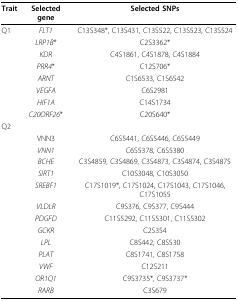
<table><thead><tr><td><b>Trait</b></td><td><b>Selected gene</b></td><td><b>Selected SNPs</b></td></tr></thead><tbody><tr><td>Q1</td><td><i>FLT1</i></td><td>C13S348*, C13S431, C13S522, C13S523, C13S524</td></tr><tr><td>[EMPTY_CELL]</td><td><i>LRP1B</i>*</td><td>C2S3362*</td></tr><tr><td>[EMPTY_CELL]</td><td><i>KDR</i></td><td>C4S1861, C4S1878, C4S1884</td></tr><tr><td>[EMPTY_CELL]</td><td><i>PRR4</i>*</td><td>C12S706*</td></tr><tr><td>[EMPTY_CELL]</td><td><i>ARNT</i></td><td>C1S6533, C1S6542</td></tr><tr><td>[EMPTY_CELL]</td><td><i>VEGFA</i></td><td>C6S2981</td></tr><tr><td>[EMPTY_CELL]</td><td><i>HIF1A</i></td><td>C14S1734</td></tr><tr><td>[EMPTY_CELL]</td><td><i>C20ORF26</i>*</td><td>C20S640*</td></tr><tr><td>Q2</td><td>[EMPTY_CELL]</td><td>[EMPTY_CELL]</td></tr><tr><td>[EMPTY_CELL]</td><td>VNN3</td><td>C6S5441, C6S5446, C6S5449</td></tr><tr><td>[EMPTY_CELL]</td><td><i>VNN1</i></td><td>C6S5378, C6S5380</td></tr><tr><td>[EMPTY_CELL]</td><td><i>BCHE</i></td><td>C3S4859, C3S4869, C3S4873, C3S4874, C3S4875</td></tr><tr><td>[EMPTY_CELL]</td><td><i>SIRT1</i></td><td>C10S3048, C10S3050</td></tr><tr><td>[EMPTY_CELL]</td><td><i>SREBF1</i></td><td>C17S1019*, C17S1024, C17S1043, C17S1046, C17S1055</td></tr><tr><td>[EMPTY_CELL]</td><td><i>VLDLR</i></td><td>C9S376, C9S377, C9S444</td></tr><tr><td>[EMPTY_CELL]</td><td><i>PDGFD</i></td><td>C11S5292, C11S5301, C11S5302</td></tr><tr><td>[EMPTY_CELL]</td><td><i>GCKR</i></td><td>C2S354</td></tr><tr><td>[EMPTY_CELL]</td><td><i>LPL</i></td><td>C8S442, C8S530</td></tr><tr><td>[EMPTY_CELL]</td><td><i>PLAT</i></td><td>C8S1741, C8S1758</td></tr><tr><td>[EMPTY_CELL]</td><td><i>VWF</i></td><td>C12S211</td></tr><tr><td>[EMPTY_CELL]</td><td><i>OR1Q1</i></td><td>C9S3735*, C9S3737*</td></tr><tr><td>[EMPTY_CELL]</td><td><i>RARB</i></td><td>C3S679</td></tr></tbody></table>